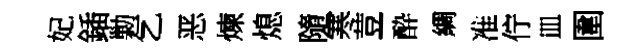
妃鍤勦乞恶煉熄隨寒荳酔綢准佇皿圍